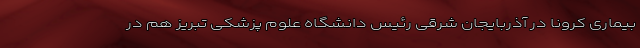
بیماری کرونا در آذربایجان شرقی رئیس دانشگاه علوم پزشکی تبریز هم در